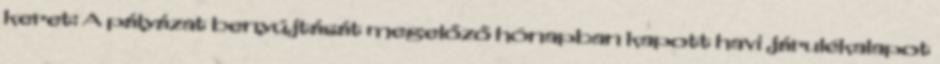
keret: A pályázat benyújtását megelőző hónapban kapott havi járulékalapot